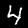
Label: 4